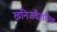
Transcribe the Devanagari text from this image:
खनिजवैज्ञानिक